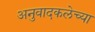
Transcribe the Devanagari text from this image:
अनुवादकलेच्या